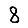
Digit: 8